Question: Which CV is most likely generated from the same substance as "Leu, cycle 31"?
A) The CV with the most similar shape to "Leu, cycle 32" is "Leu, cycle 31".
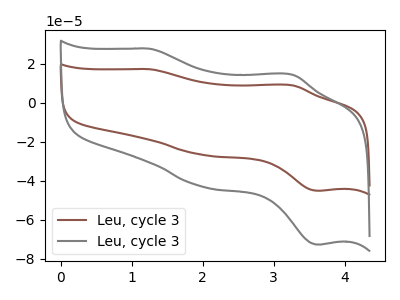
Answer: <think>The brown curve "Leu, cycle 31" has anodic peaks at (1.25V, 17.15uA) (3.25V, 8.85uA) and cathodic peaks at (2.00V, -26.65uA) (3.65V, -45.05uA). The gray curve "Leu, cycle 32" has anodic peaks at (1.25V, 27.65uA) (3.25V, 14.25uA) and cathodic peaks at (2.00V, -42.95uA) (3.65V, -72.60uA).
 All the peaks in "Leu, cycle 31" have a peak in "Leu, cycle 32" at the same potential. Every peak in "Leu, cycle 31" is lower than every peak in "Leu, cycle 32".</think>
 <answer>A) The CV with the most similar shape to "Leu, cycle 32" is "Leu, cycle 31".</answer>
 <eval>A</eval>